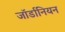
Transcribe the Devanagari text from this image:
जॉर्डानियन